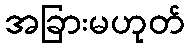
အခြားမဟုတ်